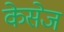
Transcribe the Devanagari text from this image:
केसेज